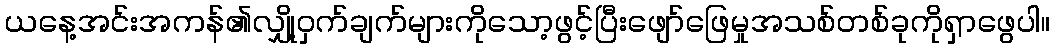
ယနေ့အင်းအကန်၏လျှို့ဝှက်ချက်များကိုသော့ဖွင့်ပြီးဖျော်ဖြေမှုအသစ်တစ်ခုကိုရှာဖွေပါ။